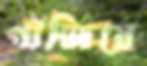
গাঁজিয়ে